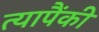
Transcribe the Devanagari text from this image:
त्यापैंकी